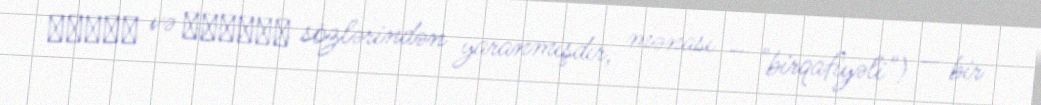
μόνος və ῥυθμός sözlərindən yaranmışdır, mənası – "birqafiyəli") — bir